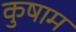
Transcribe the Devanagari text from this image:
कुषाम